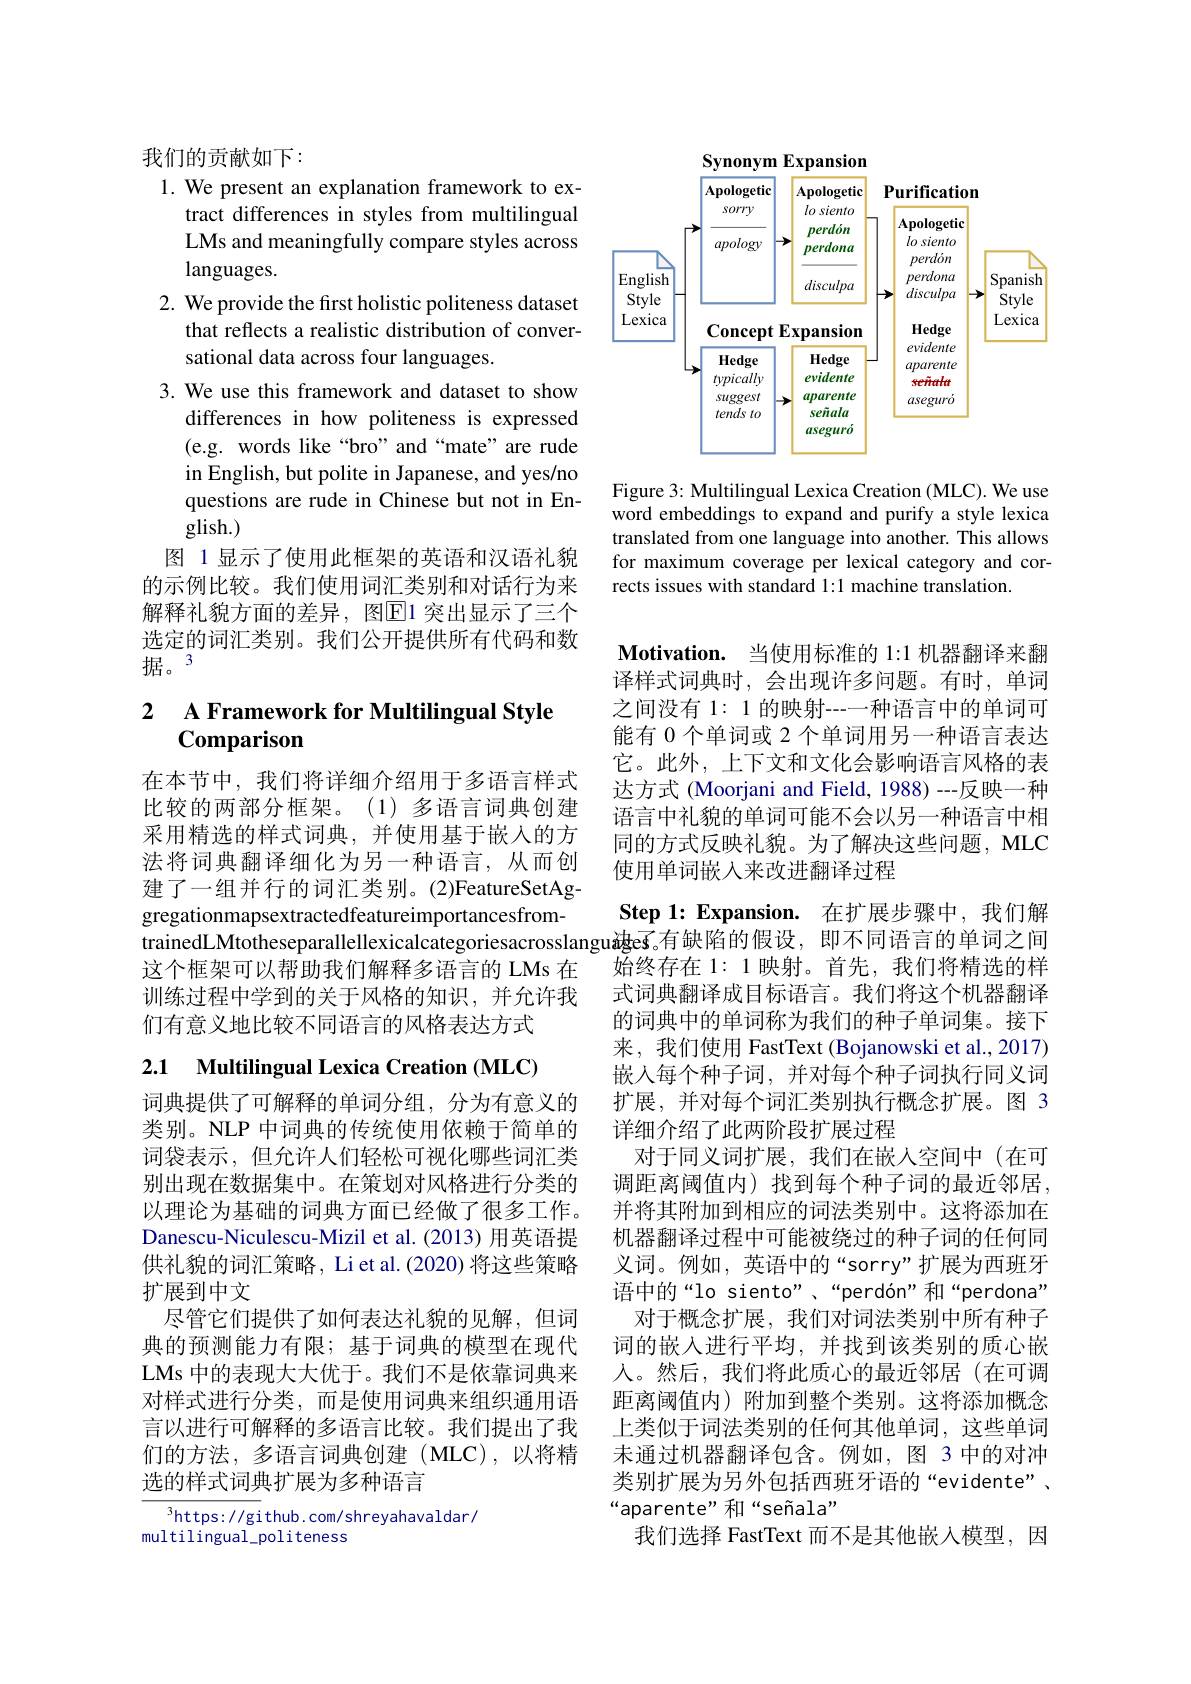
我们的贡献如下：
1. We present an explanation framework to ex-
tract differences in styles from multilingual LMs and meaningfully compare styles across languages.
2. We provide the first holistic politeness dataset
that reflects a realistic distribution of conver-
sational data across four languages.
3. We use this framework and dataset to show
differences in how politeness is expressed (e.g. words like“bro”and“mate”are rude in English, but polite in Japanese, and yes/no questions are rude in Chinese but not in English.)
图 1 显示了使用此框架的英语和汉语礼貌的示例比较。我们使用词汇类别和对话行为来解释礼貌方面的差异，图$\overline{\mathbb{E}}$1 突出显示了三个选定的词汇类别。我们公开提供所有代码和数据。3

### 2 A Framework for Multilingual Stvle Comparison

在本节中，我们将详细介绍用于多语言样式比较的两部分框架。(1)多语言词典创建采用精选的样式词典，并使用基于嵌入的方法将词典翻译细化为另一种语言，从而创建了一组并行的词汇类别。(2)FeatureSetAggregationmapsextractedfeatureimportancesfromtrainedLMtotheseparallellexicalcategoriesacrosslangu褚ge$\overline{s}$。有缺陷的假设，即不同语言的单词之间
这个框架可以帮助我们解释多语言的 LMs 在训练过程中学到的关于风格的知识，并允许我们有意义地比较不同语言的风格表达方式

# 2.1 Multilingual Lexica Creation (MLC)

词典提供了可解释的单词分组，分为有意义的类别。NLP 中词典的传统使用依赖于简单的词袋表示，但允许人们轻松可视化哪些词汇类别出现在数据集中。在策划对风格进行分类的以理论为基础的词典方面已经做了很多工作。Danescu-Niculescu-Mizil et al.(2013) 用英语提供礼貌的词汇策略，Li et al.(2020) 将这些策略扩展到中文
尽管它们提供了如何表达礼貌的见解，但词典的预测能力有限；基于词典的模型在现代LMs 中的表现大大优于。我们不是依靠词典来对样式进行分类，而是使用词典来组织通用语言以进行可解释的多语言比较。我们提出了我们的方法，多语言词典创建(MLC),以将精选的样式词典扩展为多种语言

$^3$https: / / gi thub. com/ shreyahavaldar/
multilingual_politeness

$\mathbf{Expansion}$
<FigureHere>

Figure 3: Multilingual Lexica Creation (MLC). We use word embeddings to expand and purify a style lexica translated from one language into another. This allows for maximum coverage per lexical category and corrects issues with standard 1:1 machine translation.

Motivation. 当使用标准的 1:1 机器翻译来翻译样式词典时，会出现许多问题。有时，单词之间没有 1: 1 的映射---种语言中的单词可能有 0 个单词或 2 个单词用另一种语言表达它。此外，上下文和文化会影响语言风格的表达方式 (Moorjani and Field, 1988) --反映一种语言中礼貌的单词可能不会以另一种语言中相同的方式反映礼貌。为了解决这些问题，MLC 使用单词嵌入来改进翻译过程
Step 1: Expansion. 在扩展步骤中，我们解始终存在 1: 1 映射。首先，我们将精选的样式词典翻译成目标语言。我们将这个机器翻译的词典中的单词称为我们的种子单词集。接下来，我们使用 FastText (Bojanowski et al.,2017) 嵌入每个种子词，并对每个种子词执行同义词扩展，并对每个词汇类别执行概念扩展。图 3详细介绍了此两阶段扩展过程
对于同义词扩展，我们在嵌人空间中(在可调距离阈值内) 找到每个种子词的最近邻居， 并将其附加到相应的词法类别中。这将添加在机器翻译过程中可能被绕过的种子词的任何同义词。例如，英语中的“sorry”扩展为西班牙语中的“lo siento”、“perdón”和“perdona” 对于概念扩展，我们对词法类别中所有种子
词的嵌入进行平均，并找到该类别的质心嵌人。然后，我们将此质心的最近邻居(在可调距离阈值内) 附加到整个类别。这将添加概念上类似于词法类别的任何其他单词，这些单词未通过机器翻译包含。例如，图 3 中的对冲类别扩展为另外包括西班牙语的“evidente”、 “aparente”和“señala”
我们选择 FastText 而不是其他嵌入模型，因